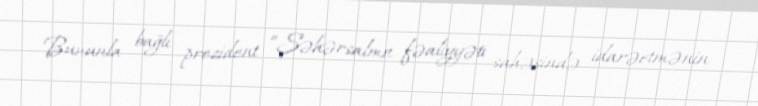
Bununla bağlı prezident “Şəhərsalma fəaliyyəti sahəsində idarəetmənin